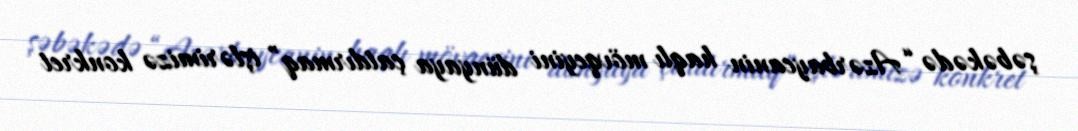
şəbəkədə “Azərbaycanin haqlı mövqeyini dünyaya çatdırmaq” işlərimizə konkret